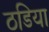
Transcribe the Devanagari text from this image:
ठडिया